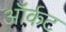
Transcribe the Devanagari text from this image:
ऑर्कट